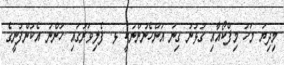
މިދިޔަ މަހު މިފްކޯއާއި ގުޅުނު ގިނަ އަންހެނުންނަކީ ޅ. ފެލިވަރުގައި ހުންނަ އެކުންފުނީގެ